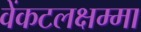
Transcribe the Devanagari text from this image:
वेंकटलक्षम्मा